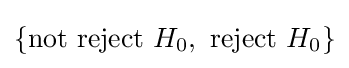
\{{\text{not reject }}H_{0},{\text{ reject }}H_{0}\}